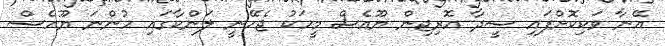
އޭނާ ވަކިކޮށްފައި ސީދާ އޮރިޖިން ޔޫއެެސް މީހަކު ޖެހޭނީ ލަންކާގައި ހުންނަ ޔޫއެސް